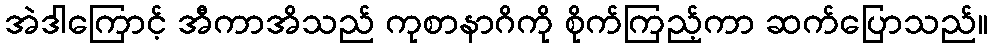
အဲဒါကြောင့် အီကာအိသည် ကုစာနာဂိကို စိုက်ကြည့်ကာ ဆက်ပြောသည်။